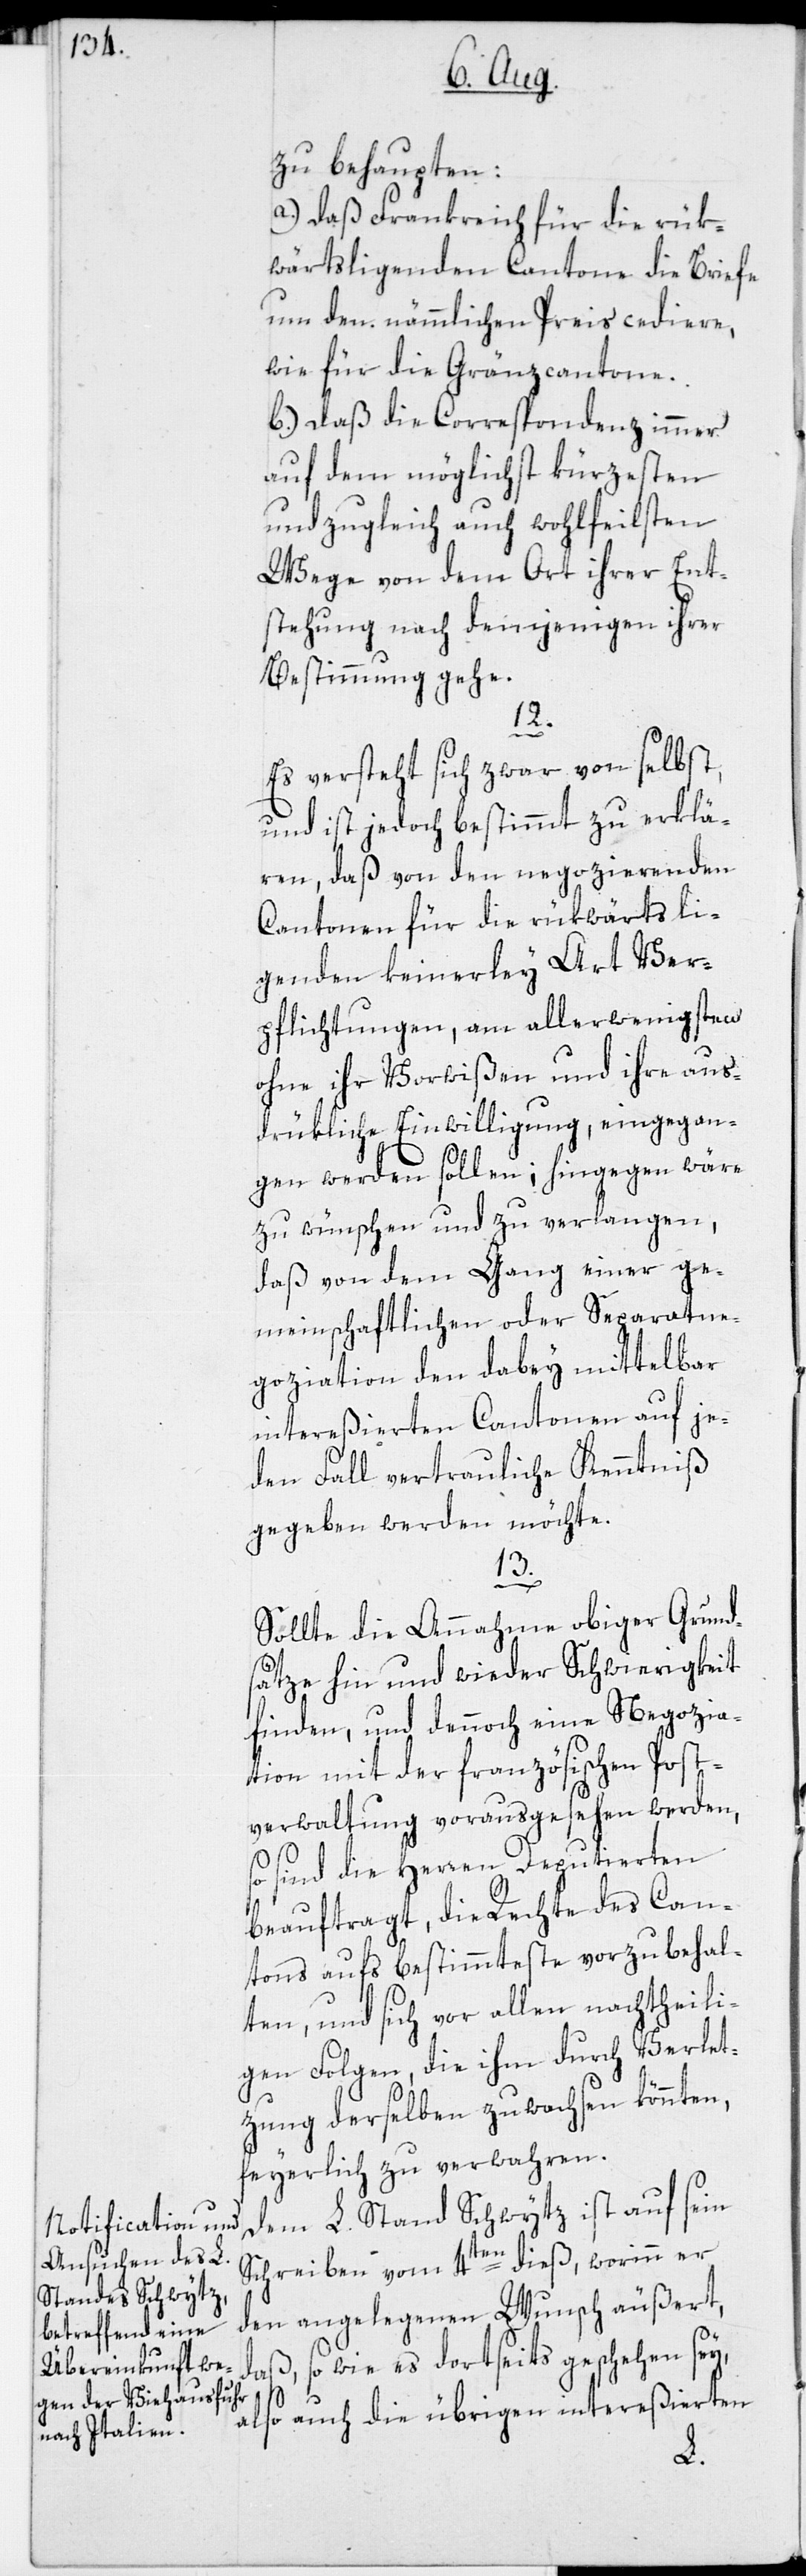
zu behaupten:
a.) Daß Frankreich für die rük¬
wärtsligenden Cantone die Briefe
um den nämmlichen Preis cediere,
wie für die Gränzcantone.
b.) Daß die Correspondenz immer
auf dem möglichst kürzesten
und zugleich auch wohlfeilsten
Wege von dem Ort ihrer Ent¬
stehung nach demjenigen ihrer
Bestimmung gehe.
12.
Es versteht sich zwar von selbst,
und ist jedoch bestimmt zu erklä¬
ren, daß von den negozierenden
Cantonen für die rükwärts li¬
genden keinerley Art Ver¬
pflichtungen, am allerwenigsten
ohne ihr Vorwißen und ihre aus¬
drükliche Einwilligung, eingegan¬
gen werden sollen; hingegen wäre
zu wünschen und zu verlangen,
daß von dem Gang einer ge¬
meinschaftlichen oder Separatne¬
goziation den dabey mittelbar
intereßierten Cantonen auf je¬
den Fall vertrauliche Kenntniß
gegeben werden möchte.
13.
Sollte die Annahme obiger Grund¬
sätze hin und wieder Schwierigkeit
finden, und dennoch eine Negozia¬
tion mit der französischen Post¬
verwaltung vorausgesehen werden,
so sind die Herren Deputierten
beauftragt, die Rechte des Can¬
tons aufs bestimmteste vorzubehal¬
ten, und sich vor allen nachtheili¬
gen Folgen, die ihm durch Verlet¬
zung derselben zuwachsen könnten,
feyerlich zu verwahren.
Dem L. Stand Schwytz ist auf sein
Schreiben vom 4ten dieß, worinn er
den angelegenen Wunsch äußert,
daß, so wie es dortseits geschehen sey,
also auch die übrigen intereßierten